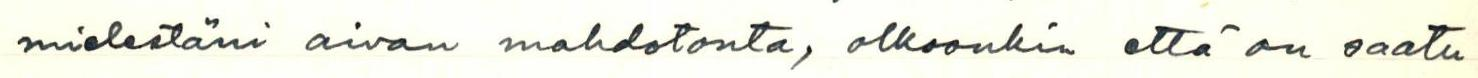
mielestäni aivan mahdotonta, olkoonkin että on saatu